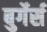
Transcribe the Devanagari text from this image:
बुर्गेर्स